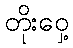
တိုးဝှေ့